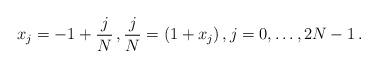
LaTeX: \begin{align*}x_j = -1 + \frac j N\,,\frac{j}{N} = (1+x_j)\,,j=0,\ldots, 2N-1\,.\end{align*}